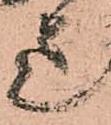
迄